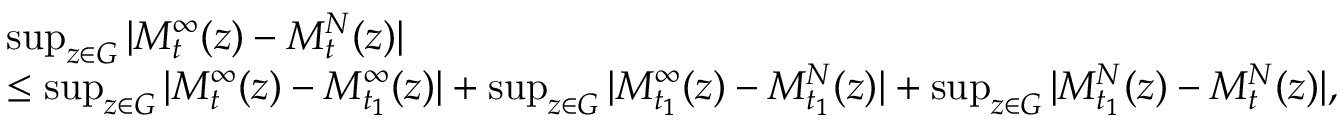
\begin{array} { r l } & { \operatorname* { s u p } _ { z \in G } | M _ { t } ^ { \infty } ( z ) - M _ { t } ^ { N } ( z ) | } \\ & { \leq \operatorname* { s u p } _ { z \in G } | M _ { t } ^ { \infty } ( z ) - M _ { t _ { 1 } } ^ { \infty } ( z ) | + \operatorname* { s u p } _ { z \in G } | M _ { t _ { 1 } } ^ { \infty } ( z ) - M _ { t _ { 1 } } ^ { N } ( z ) | + \operatorname* { s u p } _ { z \in G } | M _ { t _ { 1 } } ^ { N } ( z ) - M _ { t } ^ { N } ( z ) | , } \end{array}